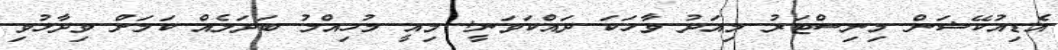
އެޑިއުކޭޝަން މިނިސްޓަރު މިއަދު ވާހަކަ ދައްކަވަނީ: މިއީ މުހިއްމު ބަދަލެއް ކަމަށް ވިދާޅުވި